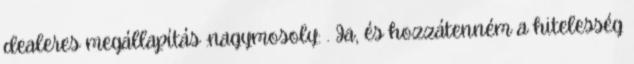
dealeres megállapítás :nagymosoly: . Ja, és hozzátenném a hitelesség